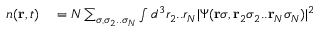
\begin{array} { r l } { n ( { \bf r } , t ) } & { { } = N \sum _ { \sigma , \sigma _ { 2 } . . \sigma _ { N } } \int d ^ { 3 } r _ { 2 } . . r _ { N } \vert \Psi ( { \bf r } \sigma , { \bf r } _ { 2 } \sigma _ { 2 } . . { \bf r } _ { N } \sigma _ { N } ) \vert ^ { 2 } } \end{array}